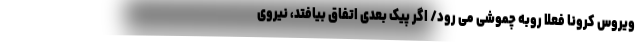
ویروس کرونا فعلا روبه چموشی می رود/ اگر پیک بعدی اتفاق بیافتد، نیروی